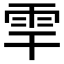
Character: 𩂀